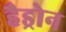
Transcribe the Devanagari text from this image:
हैड्रोन